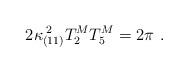
LaTeX: \begin{align*}2\kappa _{(11)}^{\; 2} T_2^M T_5^M = 2\pi \ .\end{align*}